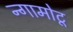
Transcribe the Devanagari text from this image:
न्गामोटू